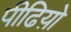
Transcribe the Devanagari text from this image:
पीढिय़ो